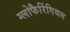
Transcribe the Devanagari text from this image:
ग्लोफैरिंगियल